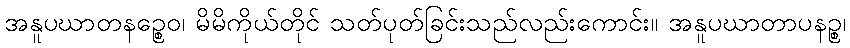
အနူပဃာတနဉ္စေဝ၊ မိမိကိုယ်တိုင် သတ်ပုတ်ခြင်းသည်လည်းကောင်း။ အနူပဃာတာပနဉ္စ၊